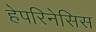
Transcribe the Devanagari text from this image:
हेपरिनेसिस